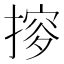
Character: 摉